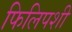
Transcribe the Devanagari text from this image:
फिलिपशी